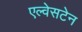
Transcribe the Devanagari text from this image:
एल्वेसटेन